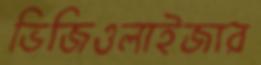
ভিজিওলাইজার